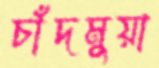
চাঁদমুয়া